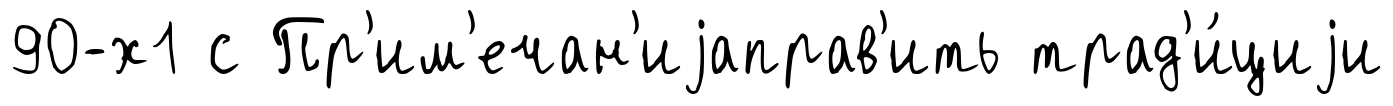
90-х1 с Пр'им'ечан'иjаправ'ить трад'и́циjи